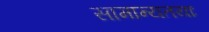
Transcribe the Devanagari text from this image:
सामान्यतयाः